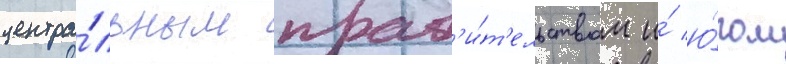
центра́льным прав'и́т'ельством и́ ю́гом